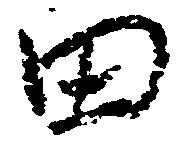
田